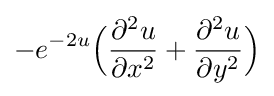
-e^{-2u}{\Big (}{\frac {\partial ^{2}u}{\partial x^{2}}}+{\frac {\partial ^{2}u}{\partial y^{2}}}{\Big )}